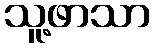
သူ့ဖာသာ